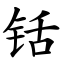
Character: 铦